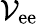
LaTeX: \mathcal{V}_{\mathrm{ee}}